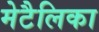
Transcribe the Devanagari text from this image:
मेटैलिका